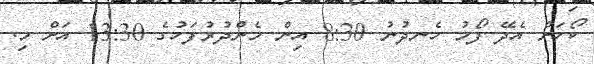
ކޯހަށް އެދޭ ފޯމު ހެނދުނު 8:30 އިން މެންދުރުފަހުގެ 13:30 އަށް މި.